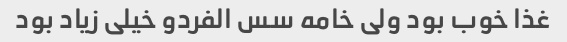
غذا خوب بود ولی خامه سس الفردو خیلی زیاد بود